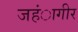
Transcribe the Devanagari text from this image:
जहंागीर